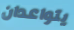
يتواعدان